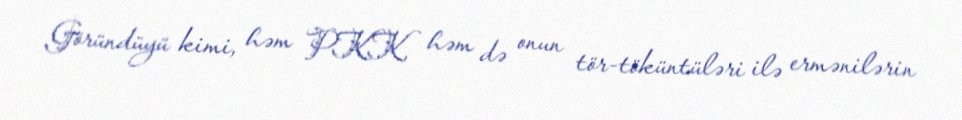
Göründüyü kimi, həm PKK, həm də onun tör-töküntüləri ilə ermənilərin